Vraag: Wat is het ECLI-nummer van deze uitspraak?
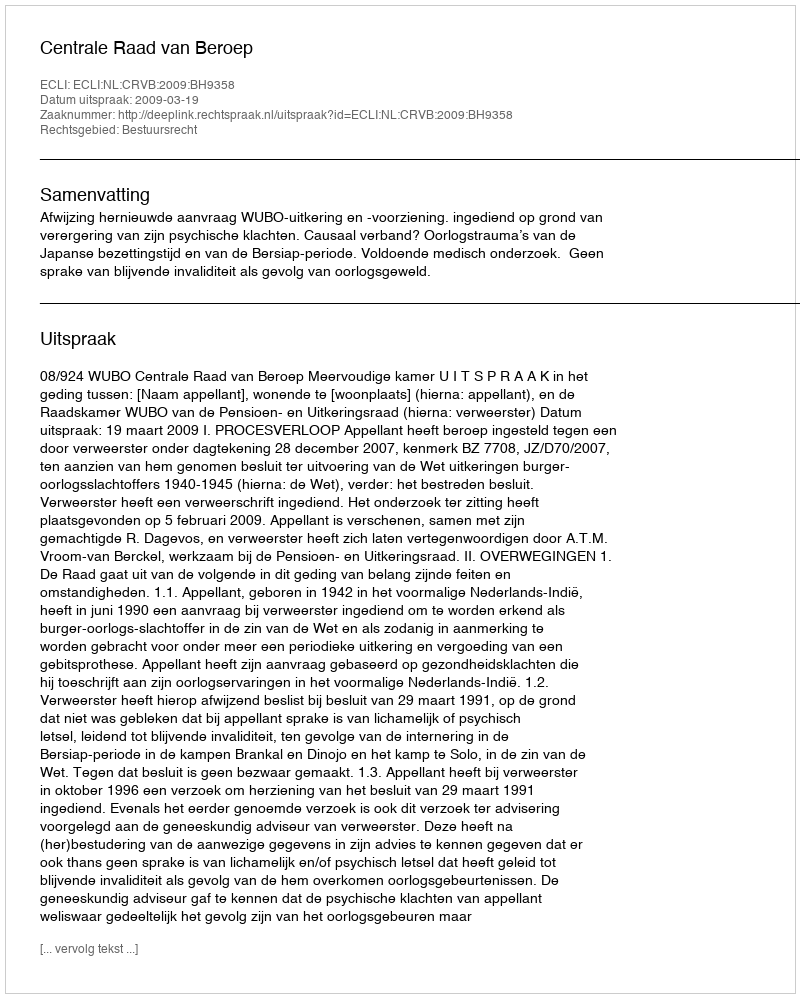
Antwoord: ECLI:NL:CRVB:2009:BH9358